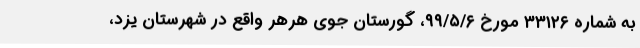
به شماره ۳۳۱۲۶ مورخ ۹۹/۵/۶، گورستان جوی هرهر واقع در شهرستان یزد،